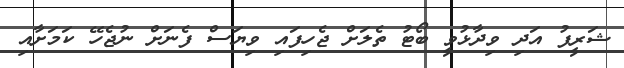
ޝަރީފު އަދި ވިދާޅުވީ ބޯޓު ތެލަށް ޖެހިފައި ވިޔަސް ފެނަށް ނުޖެހޭ ކަމަށާއި